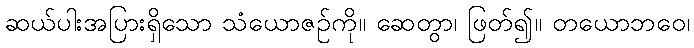
ဆယ်ပါးအပြားရှိသော သံယောဇဉ်ကို။ ဆေတွာ၊ ဖြတ်၍။ တယောဘဝေ၊